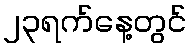
၂၃ရက်နေ့တွင်